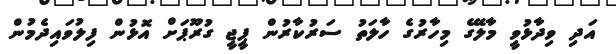
އަދި ވިދާޅުވީ މާލޭގެ މިހާރުގެ ހާލަތު ސަރުކާރުން ޕީޖީ ގުރޫޕަށް އޮޅުން ފިލުވައިދެމުން